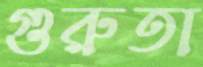
গুরুতা